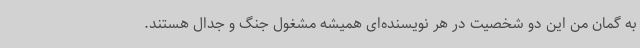
به گمان من این دو شخصیت در هر نویسنده‌ای همیشه مشغول جنگ و جدال هستند.